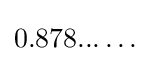
0.878...\dots